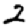
Digit: 2